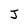
Character: J